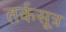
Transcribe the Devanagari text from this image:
तर्कसूत्र